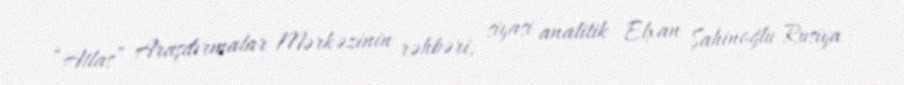
“Atlas” Araşdırmalar Mərkəzinin rəhbəri, siyasi analitik Elxan Şahinoğlu Rusiya